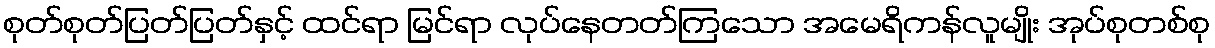
စုတ်စုတ်ပြတ်ပြတ်နှင့် ထင်ရာ မြင်ရာ လုပ်နေတတ်ကြသော အမေရိကန်လူမျိုး အုပ်စုတစ်စု